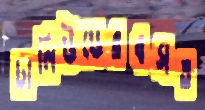
ঢালিউডেরবসত